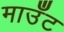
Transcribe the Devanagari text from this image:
माउँट